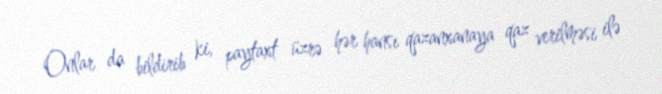
Onlar da bildirib ki, paytaxt üzrə hər hansı qazanxanaya qaz verilməsi ilə